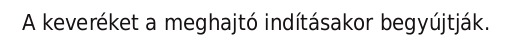
A keveréket a meghajtó indításakor begyújtják.